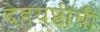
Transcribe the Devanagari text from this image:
देहयष्टीची